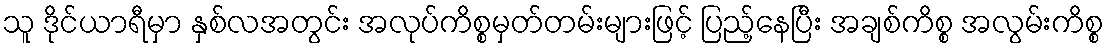
သူ ဒိုင်ယာရီမှာ နှစ်လအတွင်း အလုပ်ကိစ္စမှတ်တမ်းများဖြင့် ပြည့်နေပြီး အချစ်ကိစ္စ အလွမ်းကိစ္စ